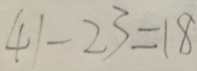
4 1 - 2 3 = 1 8